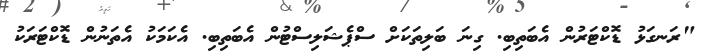
"ރަނގަޅު ޑޮކްޓަރުން އެބަތިބި. ގިނަ ބަލިތަކަށް ސްޕެޝަލިސްޓުން އެބަތިބި. އެކަމަކު އެތަނުން ޑޮކްޓަރަކު